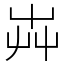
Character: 芔